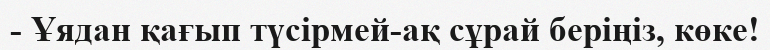
- Ұядан қағып түсірмей-ақ сұрай беріңіз, көке!